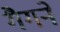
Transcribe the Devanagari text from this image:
गैगने